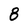
Character: 8